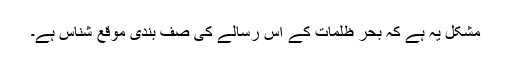
مشکل یہ ہے کہ بحر ظلمات کے اس رسالے کی صف بندی موقع شناس ہے۔